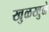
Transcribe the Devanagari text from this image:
खुळखुळे